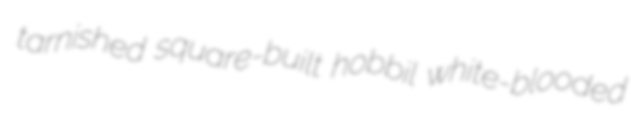
tarnished square-built hobbil white-blooded